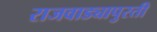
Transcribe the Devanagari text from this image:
राजवाड्यापुरती